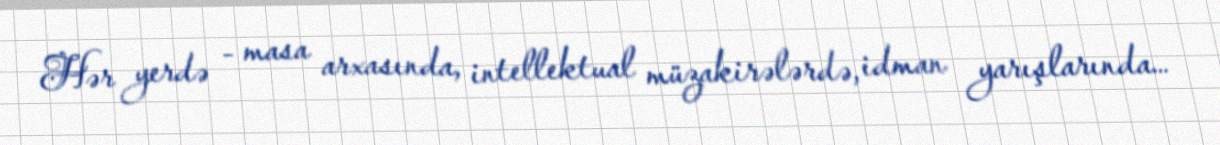
Hər yerdə - masa arxasında, intellektual müzakirələrdə, idman yarışlarında…